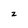
Character: z